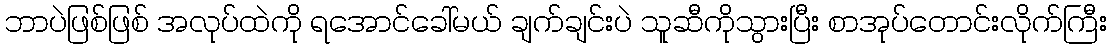
ဘာပဲဖြစ်ဖြစ် အလုပ်ထဲကို ရအောင်ခေါ်မယ် ချက်ချင်းပဲ သူဆီကိုသွားပြီး စာအုပ်တောင်းလိုက်ကြီး